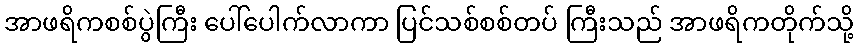
အာဖရိကစစ်ပွဲကြီး ပေါ်ပေါက်လာကာ ပြင်သစ်စစ်တပ် ကြီးသည် အာဖရိကတိုက်သို့